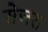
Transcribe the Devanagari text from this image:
सेजरा